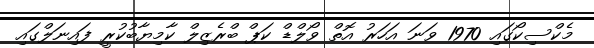
މެކްސިކޯގައި 1970 ވަނަ އަހަރު އޮތް ވޯލްޑް ކަޕް ބްރެޒިލް ކާމިޔާބުކުރީ ފައިނަލްގައި